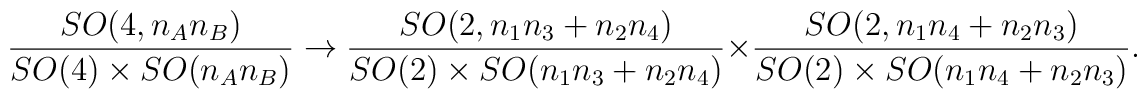
\frac{SO(4,n_A n_B )}{SO(4) \times SO(n_An_B) } \to\frac{SO(2,n_1 n_3 + n_2 n_4)}{SO(2) \times SO(n_1 n_3 + n_2 n_4) }\times \frac{SO(2,n_1 n_4 + n_2 n_3)}{SO(2) \times SO(n_1 n_4 + n_2 n_3)  }.